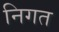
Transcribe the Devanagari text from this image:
निगत